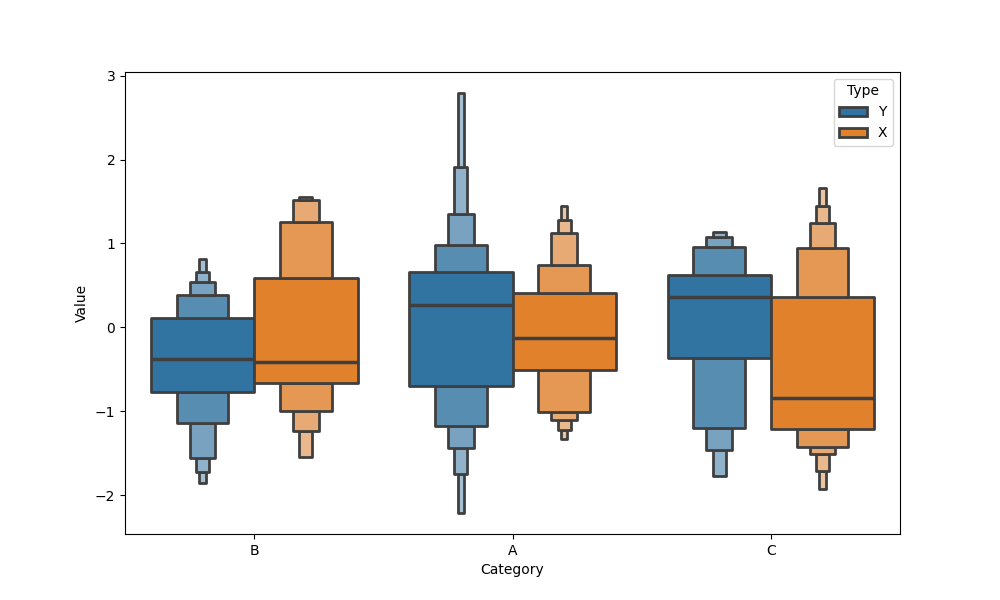
python, seaborn, boxenplot, k_depth='full', linewidth=2, scale='exponential', outlier_prop=0.2, showfliers=True